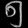
Digit: ၅